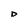
Character: D